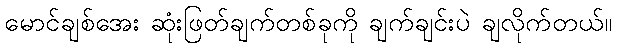
မောင်ချစ်အေး ဆုံးဖြတ်ချက်တစ်ခုကို ချက်ချင်းပဲ ချလိုက်တယ်။